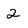
Character: 2